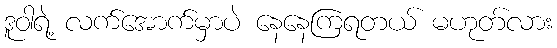
ဒူဝါရဲ့ လက်အောက်မှာပဲ နေနေကြရတယ် မဟုတ်လား